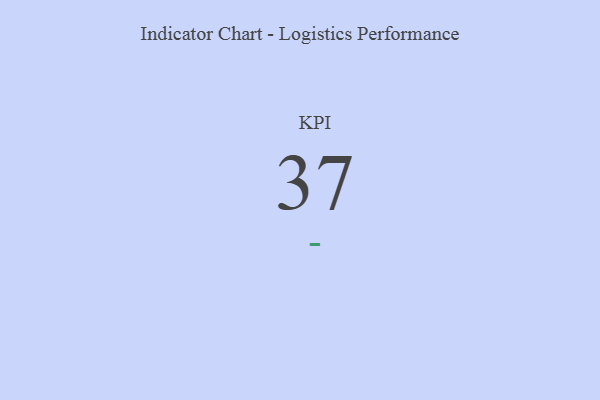
{"axis": {"x": "KPI", "y": "Value"}, "legend": [""], "data": [{"x": "KPI", "y": 37, "type": ""}]}